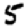
Digit: 5